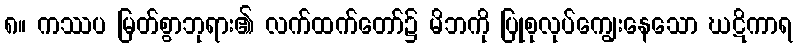
၈။ ကဿပ မြတ်စွာဘုရား၏ လက်ထက်တော်၌ မိဘကို ပြုစုလုပ်ကျွေးနေသော ဃဋိကာရ